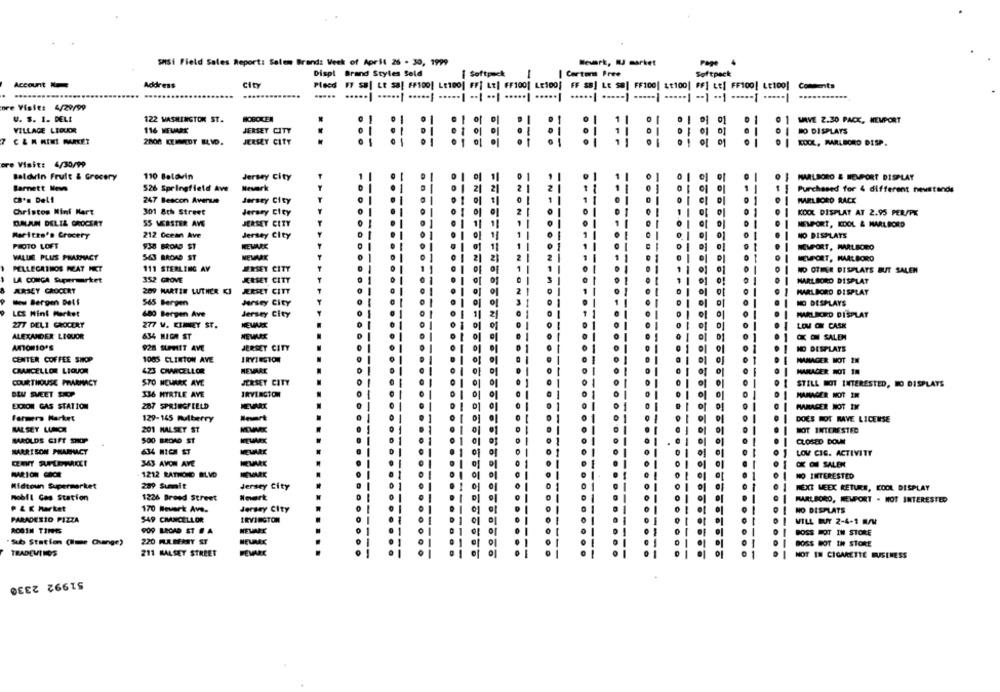
SMSi Field Sales Report: Salem Brand: Week of April 26 - 30, 1999
Bert, IU market
Page
Displ Brand Styles Seld
Softpack
| Carter Pree
Softpack
City
Account
Address
Plecd #7 SB| LE sal ##100| LE100| FF| LE| FF100| LE100! FF $B] LE $8| FF100| &t100| #F] LE| FF100| LE100| Comments
....
.. ...
ore Visit: 4/29/99
U. S. 1. DELL
122 WASHINGTON ST.
WAVE 2.30 PACK, NEWPORT
VILLAGE LIQUOR
116 NEWARK
JERSEY CITY
HO DISPLAYS
2800 KEMMEDT BLVD.
JERSEY CITY
01 01
KOCK, MARLBORO DISP.
ore Visit: 4/30/99
4
Baldwin Fruit & Grocery
110 Baldvin
Jersey city
MARLBORO & HEUPORT DISPLAY
Neverk
Barnett News
526 Springfield Ave
Purchased for 4 different newstands
CR's Del1
247 Bescon Avenue
Jersey City
MARLBORO RACK
Christos Mini Mart
301 8th Street
Jersey City
KOOL DISPLAY AT 2.95 PER/PK
DALAUN DELIL GROCERY
SS WEBSTER AVE
JERSEY CITY
NEWPORT, KDOL & MARLBORO
Maritza's Grocery
212 Ocean Ave
Jersey City
NO DISPLATS
PROTO LOFT
938 BROAD ST
IMPORT, MARLBORO
VALUE PLUS PHARMACY
563 BROAD ST
NEWPORT, MARLBORO
PELLECATHOS HEAT HET
111 STERLING AV
JERSEY CITY
NO OTHER DISPLAYS BUT SALEN
LA CONCA Supermarket
352 GROVE
JERSEY CITY
MARLBORO DISPLAY
ARBEY GROCERY
209 MARTIN LUTHER KI
JERSEY CITY
MARLBORO DISPLAY
- Bergen Dell
565 Bergen
Jersey City
NO DESPLAYS
LCS Mint Merket
680 Bergen Ave
Jersey City
MARLIKED DISPLAT
277 DELI GROCERY
277 W. KIMELY ST.
LO Or CASK
ALEXANDER LIQUOR
634 HIER ST
O- SALEM
928 SLPMIT AVE
JERSEY CITY
NO DISPLAYS
CENTER COFFEE SHOP
1065 CLINTON AVE
IRVINGTON
CHANCELLOR LIQUOR
423 CIVVICELLOR
MEMARE
MANAGER NOT 10
COURTHOUSE PHARMACY
STO NEWARK AVE
JERSEY CITY
STILL NOT INTERESTED, BO DISPLAYS
336 MYRTLE AVE
MANAGER NOT IN
EXXON GAS STATION
287 SPRINGFIELD
MAMACER NOT IN
farmers Market
129-145 mulberry
Bert
DOES NOT MAVE LICENSE
MALSET LUMOR
NOT INTERESTED
201 HALSEY ST
MAROLDS GIFT SHOP
500 BROAD ST
CLOSED DOWN
MEWARE
HARRISON PHARMACY
634 MICH ST
LOV CIG. ACTIVITY
363 AVOM AVE
OK OH SALEN
---
1212 RATHOND BLVD
MEVARE
NO INTERESTED
Midtoun Supermarket
289 Summit
Jersey City
NEXT WEEK RETURN, KOOL DISPLAY
mobil Gas Station
1226 Breed Street
Wwerk
MARLBORO, NEWPORT - NOT INTERESTED
P & K Market
170 Bewerk Ave.
Jersey City
NO DESPLATS
PARADESIO PIZZA
$49 CHANCELLOR
IRVINGTON
WILL BUY 2-4-1 M/M
ROBIN TINE
909 LEDAD ST # A
BOSS HOT IN STORE
"Sub Station (Ilme Change)
220 MABERSIY ST
BOSS BOT IH STORE
TRADEWINDS
211 HALSEY STREET
FEMARE
NOT IN CIGARETTE BUSINESS
51992 2330